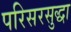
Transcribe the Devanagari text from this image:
परिसरसुद्धा